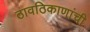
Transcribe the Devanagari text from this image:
ठावठिकाणांची